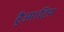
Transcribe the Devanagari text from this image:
हैुआ।टिम